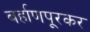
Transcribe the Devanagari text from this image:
बर्हाणपूरकर